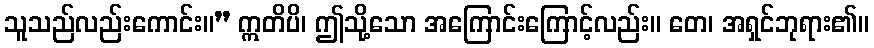
သူသည်လည်းကောင်း။” ဣတိပိ၊ ဤသို့သော အကြောင်းကြောင့်လည်း။ တေ၊ အရှင်ဘုရား၏။